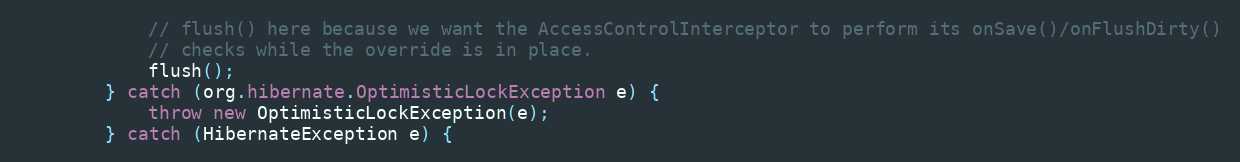
Language: Java
            // flush() here because we want the AccessControlInterceptor to perform its onSave()/onFlushDirty()
            // checks while the override is in place.
            flush();
        } catch (org.hibernate.OptimisticLockException e) {
            throw new OptimisticLockException(e);
        } catch (HibernateException e) {